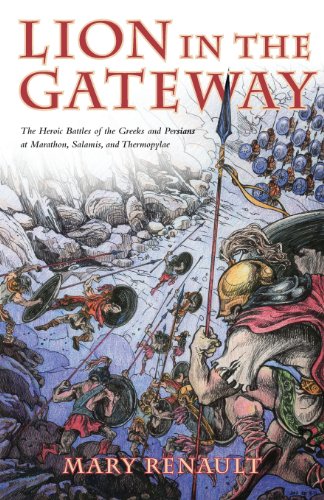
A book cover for The Lion in the Gateway; Mary Renault; Children's Books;